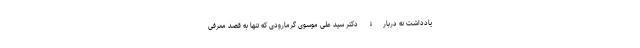
یادداشت نه دربارۀ دکتر سید علی موسوی گرمارودی که تنها به قصد معرفی